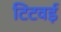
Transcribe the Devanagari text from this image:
टिटवई